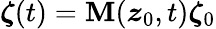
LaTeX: \boldsymbol{\zeta}(t)=\mathbf{M}(\boldsymbol{z}_{0},t)\boldsymbol{\zeta}_{0}